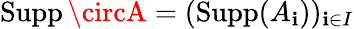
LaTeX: \operatorname{Supp}\circA=(\operatorname{Supp}(A_{\mathbf{i}}))_{\mathbf{i}\in{I}}